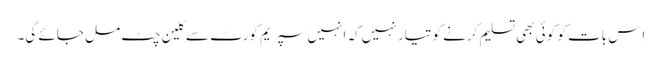
اِس بات کو کوئی بھی تسلیم کرنے کو تیار نہیں کہ انہیں سپریم کورٹ سے کلین چٹ مل جائے گی۔